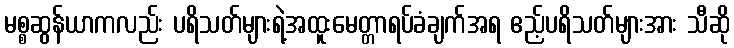
မစ္စဆွန်ယာကလည်း ပရိသတ်များရဲ့အထူးမေတ္တာရပ်ခံချက်အရ ဧည့်ပရိသတ်များအား သီဆို